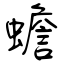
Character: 蟾